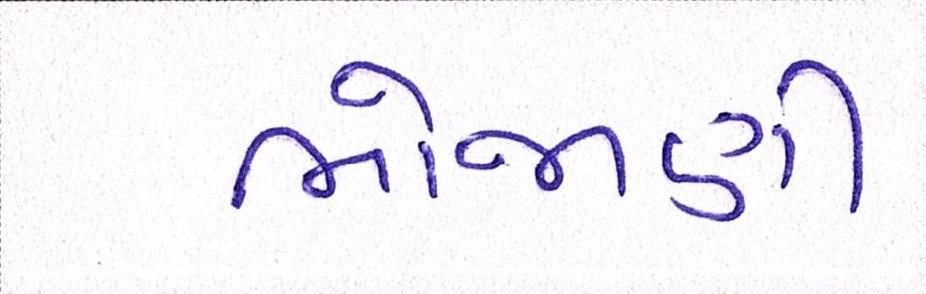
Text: ભોજાણી